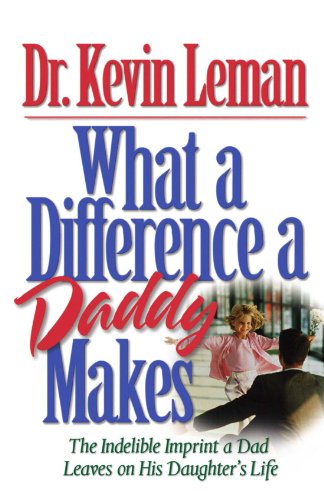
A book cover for What a Difference a Daddy Makes: The Indelible Imprint a Dad Leaves on His Daughter's Life; Kevin Leman; Parenting & Relationships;